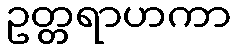
ဥတ္တရာဟကာ